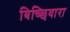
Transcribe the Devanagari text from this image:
बिच्छिवारा